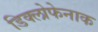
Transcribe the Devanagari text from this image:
डिक्लोफेनाक